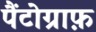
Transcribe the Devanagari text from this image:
पैंटोग्राफ़